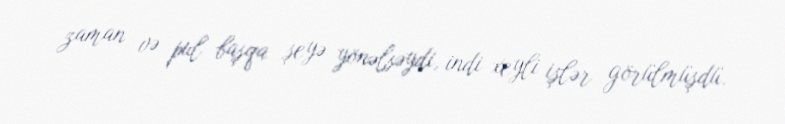
zaman və pul başqa şeyə yönəlsəydi, indi xeyli işlər görülmüşdü.